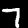
Label: 7